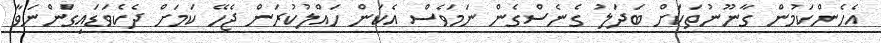
އެހެންކަމުން ގާނޫނުތަކަށް ބަދަލު ގެނެސްގެން ނަމަވެސް އެކަން ހައްލުކުރަން ޖެހޭ ކަމަށް ދެކެވަޑައިގަންނަވާ